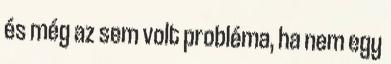
és még az sem volt probléma, ha nem egy